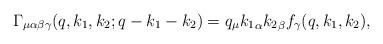
LaTeX: \begin{align*}\Gamma_{\mu\alpha\beta\gamma}(q,k_1,k_2;q-k_1-k_2)=q_{\mu}{k_1}_{\alpha} {k_2}_{\beta}f_{\gamma}(q,k_1, k_2),\end{align*}